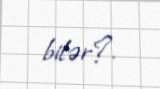
bilər?.